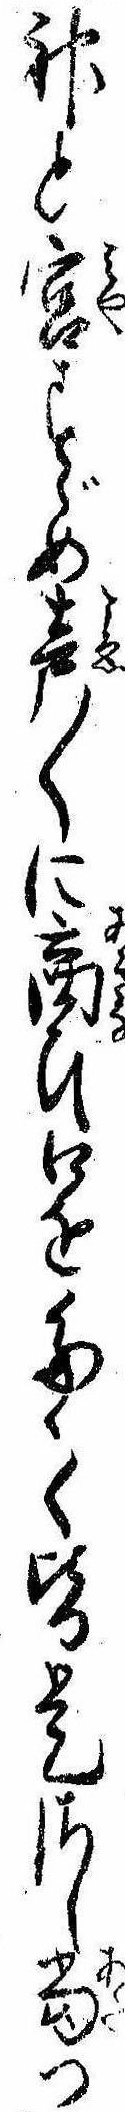
神と宮すゞめ声〱に商ひ口をたゝく皆是さし当つ